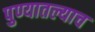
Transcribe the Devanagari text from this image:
पुण्यातल्याच